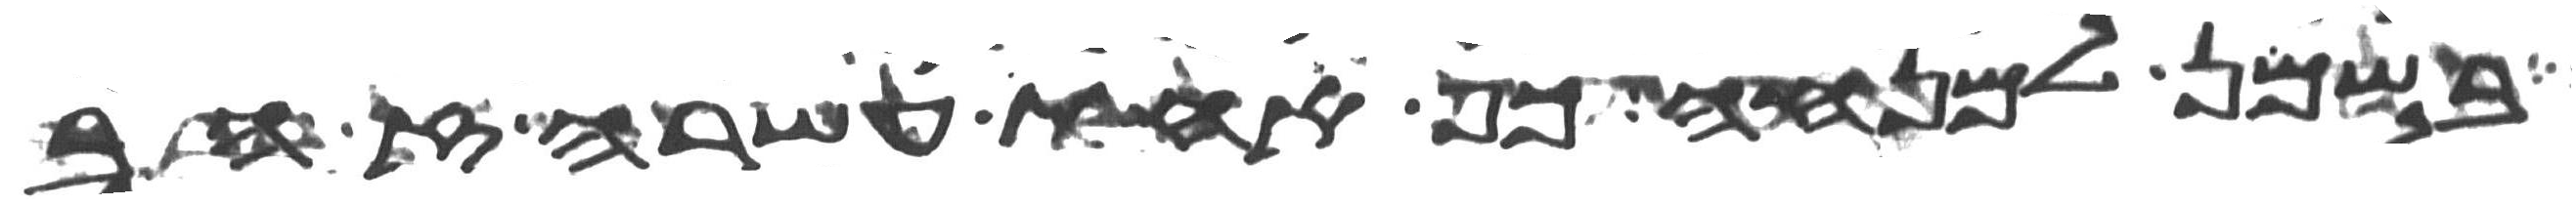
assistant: בשמן למנחה כף אחת עשרה זהב